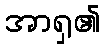
အာရှ၏